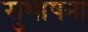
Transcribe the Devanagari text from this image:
सुभाषना